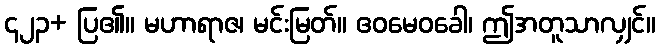
၄၂၃+ ပြ၏။ မဟာရာဇ၊ မင်းမြတ်။ ဧဝမေဝခေါ၊ ဤအတူသာလျှင်။